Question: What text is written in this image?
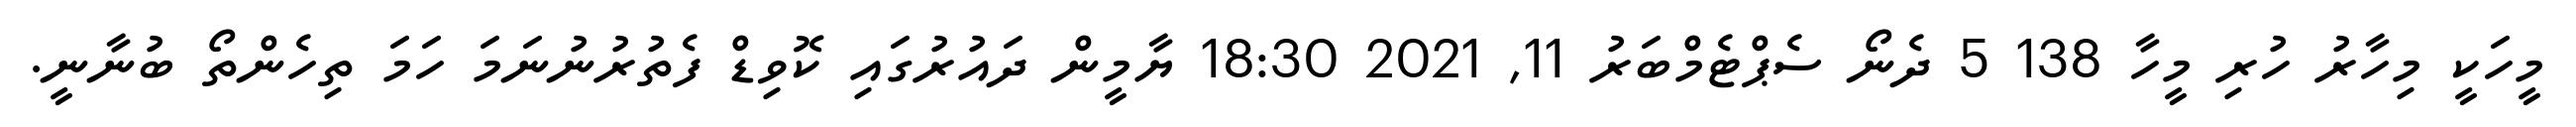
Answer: މީހަކީ މިހާރު ހުރި މީހާ 138 5 ދެނޯ ސެޕްޓެމްބަރު 11, 2021 18:30 ޔާމީން ދައުރުގައި ކޮވިޑް ފެތުރުނުނަމަ ހަމަ ތިހެންތޯ ބުނާނީ.